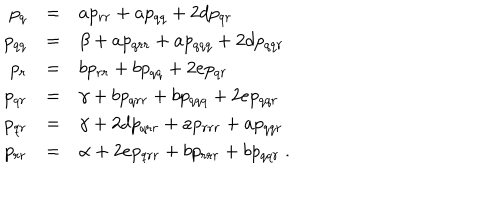
LaTeX: \begin{array} { r c l } { { p _ { q } } } & { { = } } & { { a p _ { r r } + a p _ { q q } + 2 d p _ { q r } } } \\ { { p _ { q q } } } & { { = } } & { { \beta + a p _ { q r r } + a p _ { q q q } + 2 d p _ { q q r } } } \\ { { p _ { r } } } & { { = } } & { { b p _ { r r } + b p _ { q q } + 2 e p _ { q r } } } \\ { { p _ { q r } } } & { { = } } & { { \gamma + b p _ { q r r } + b p _ { q q q } + 2 e p _ { q q r } } } \\ { { p _ { q r } } } & { { = } } & { { \gamma + 2 d p _ { q r r } + a p _ { r r r } + a p _ { q q r } } } \\ { { p _ { r r } } } & { { = } } & { { \alpha + 2 e p _ { q r r } + b p _ { r r r } + b p _ { q q r } \ . } } \\ \end{array}